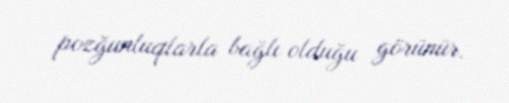
pozğunluqlarla bağlı olduğu görünür.